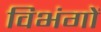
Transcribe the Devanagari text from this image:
विभंगों